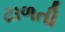
ટાળતી